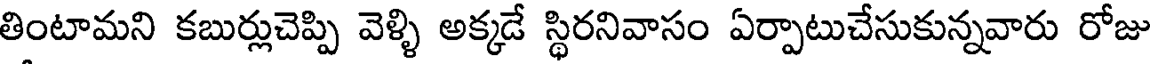
తింటామని కబుర్లుచెప్పి వెళ్ళి అక్కడే స్థిరనివాసం ఏర్పాటుచేసుకున్నవారు రోజు